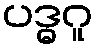
ပဒ္ဓဂူ